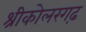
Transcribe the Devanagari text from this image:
श्रीकोलरगढ़